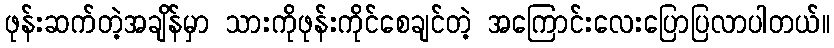
ဖုန်းဆက်တဲ့အချိန်မှာ သားကိုဖုန်းကိုင်စေချင်တဲ့ အကြောင်းလေးပြောပြလာပါတယ်။